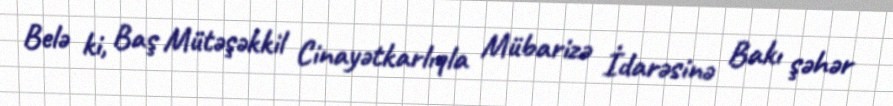
Belə ki, Baş Mütəşəkkil Cinayətkarlıqla Mübarizə İdarəsinə Bakı şəhər